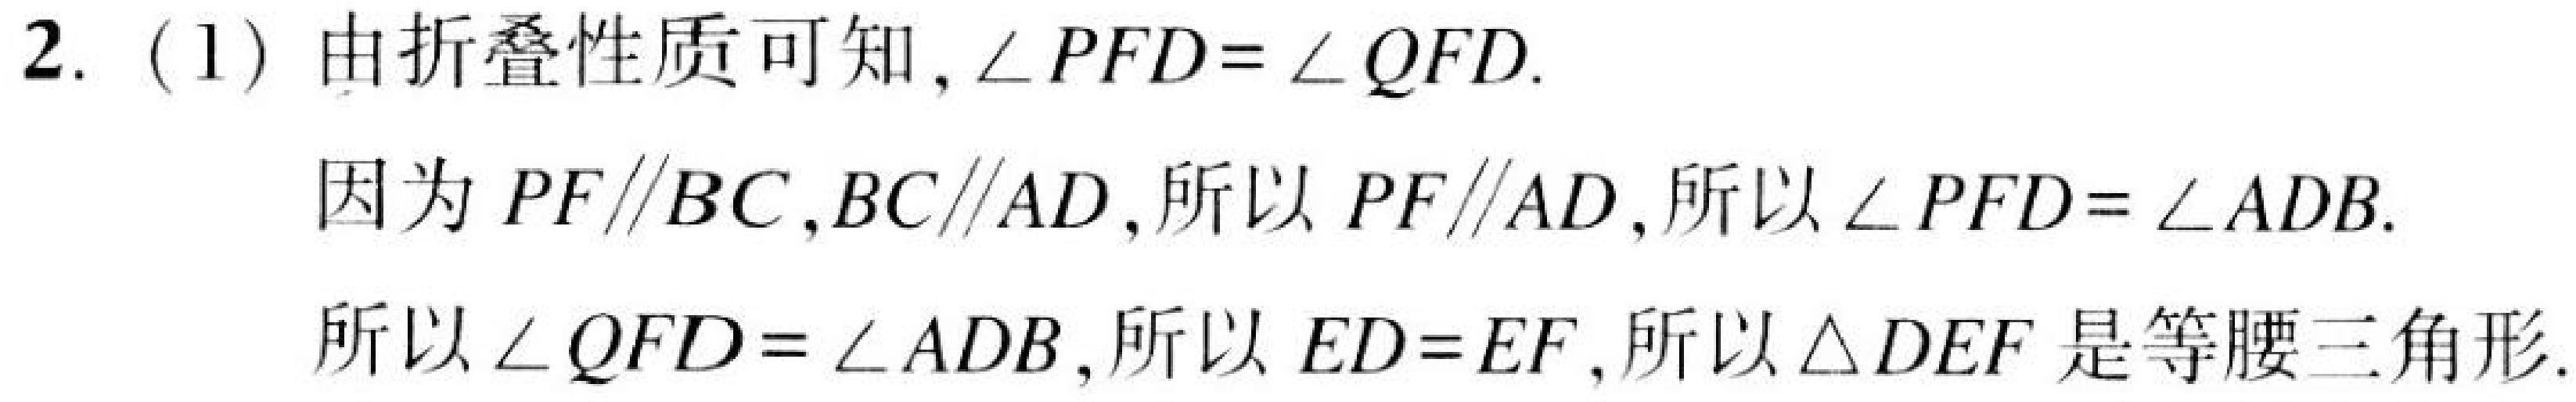
2. (1) 由折叠性质可知,\(\angle PFD=\angle QFD\).
因为 \(PF\parallel BC\),\(BC\parallel AD\),所以 \(PF\parallel AD\),所以 \(\angle PFD=\angle ADB\).
所以 \(\angle QFD=\angle ADB\),所以 \(ED = EF\),所以 \(\triangle DEF\) 是等腰三角形.